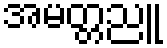
အမတ္တညူ